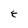
Character: E